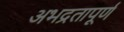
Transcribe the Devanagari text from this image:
अभद्रतापूर्ण